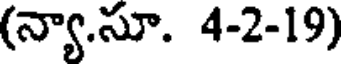
(న్యా.సూ. 4-2-19)